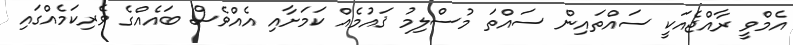
އެމްވީ ރާއްޖެއަކީ ސައްތައިން ސައްތަ މުސްލިމު ޤައުމެއް ކަމަށާއި އެއްވެސް ބައެއްގެ ވެރިކަމެއްގައި